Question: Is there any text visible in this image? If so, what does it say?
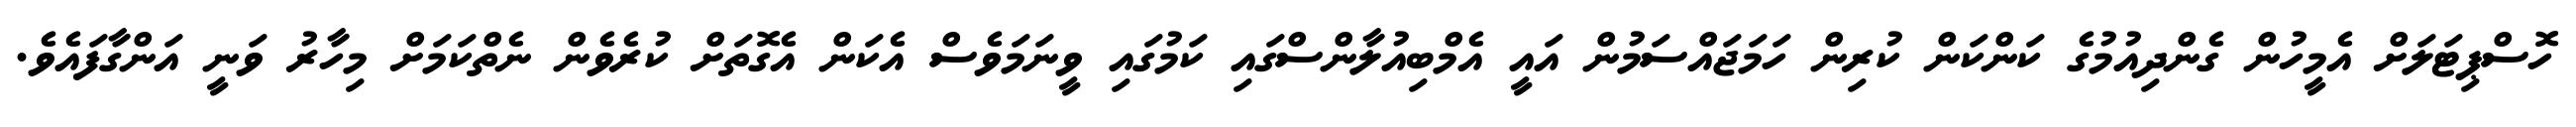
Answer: ހޮސްޕިޓަލަށް އެމީހުން ގެންދިއުމުގެ ކަންކަން ކުރިން ހަމަޖައްސަމުން އައީ އެމްބިއުލާންސްގައި ކަމުގައި ވީނަމަވެސް އެކަން އެގޮތަށް ކުރެވެން ނެތްކަމަށް މިހާރު ވަނީ އަންގާފައެވެ.